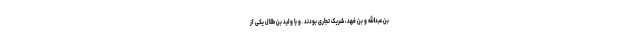
بن‌عبدالله و بن ‌فهد، شریک تجاری بودند. و یا ولید بن طلال یکی از